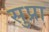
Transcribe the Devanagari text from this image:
सुप्रा